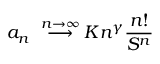
{ a _ { n } } ~ \stackrel { n \to \infty } { \longrightarrow } K n ^ { \gamma } { \frac { n ! } { S ^ { n } } }